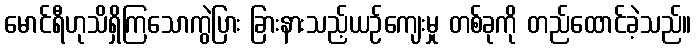
မောင်ရီဟုသိရှိကြသောကွဲပြား ခြားနားသည့်ယဉ်ကျေးမှု တစ်ခုကို တည်ထောင်ခဲ့သည်။